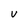
Character: v